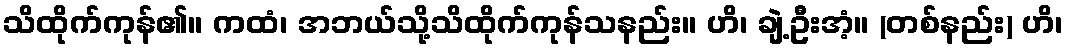
သိထိုက်ကုန်၏။ ကထံ၊ အဘယ်သို့သိထိုက်ကုန်သနည်း။ ဟိ၊ ချဲ့ဦးအံ့။ (တစ်နည်း) ဟိ၊